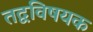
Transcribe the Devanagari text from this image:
तद्वविषयक